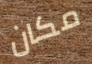
مكان